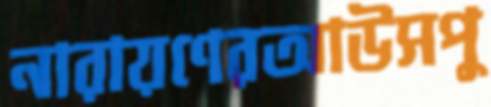
নারায়ণেরআউসপু